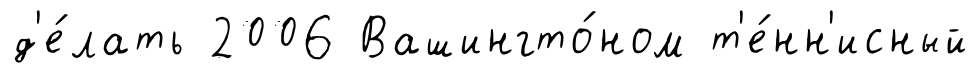
д'е́лать 2006 Вашингто́ном т'е́нн'исный